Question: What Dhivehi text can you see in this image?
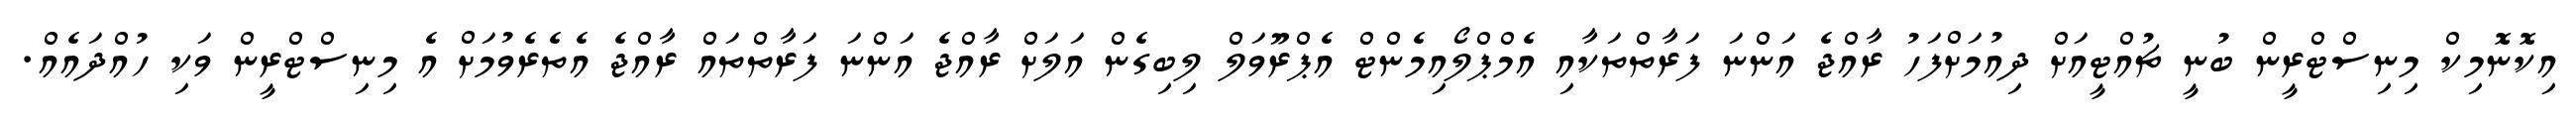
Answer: އިކޮނޮމިކް މިނިސްޓްރީން ބުނީ ޗުއްޓީއަށް ދިއުމަށްފަހު ރާއްޖެ އަންނަ ފަރާތްތަކާއި އެމްޕްލޯއިމެންޓް އެޕްރޫވަލް ލިބިގެން އަލަށް ރާއްޖެ އަންނަ ފަރާތްތައް ރާއްޖެ އެތެރެވުމަށް އެ މިނިސްޓްރީން ވަކި ހުއްދައެއް.